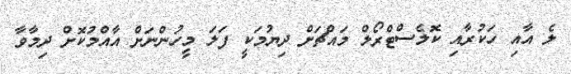
ލެ އާއި ހަކުރާއި ކޮލެސްޓްރޯލް މައްޗަށް ދިޔުމަކީ ފަލަ މީހުންނަށް އާއްމުކޮށް ދިމާވާ